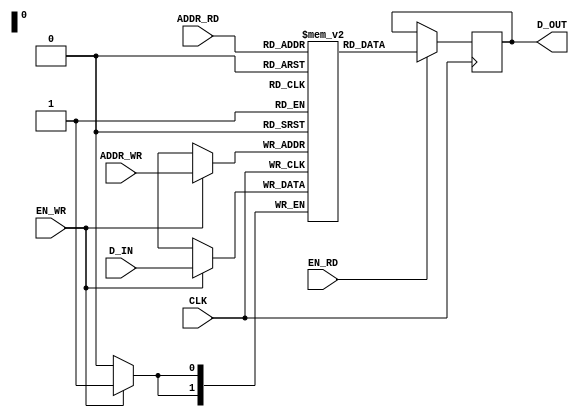
`timescale 1ns / 1ps
//////////////////////////////////////////////////////////////////////////////////
// Company: IIIT GWALIOR
// 
// Design Name: DUAL PORT RAM
// Module Name: RAM
// Project Name: IMPLENTATION OF RAM IN FPGA
// Target Devices: VIRTEX 7 VC707
// Tool Versions: VIVADO 2018.3
// Description: 
// 
// Dependencies: 
// 
// Revision:
// Revision 0.01 - File Created
// Additional Comments:
// 
//////////////////////////////////////////////////////////////////////////////////

module DUAL_PORT_RAM (CLK, EN_WR, EN_RD, ADDR_WR, ADDR_RD, D_IN, D_OUT);
parameter DATA_WIDTH=2;
parameter ADDR_WIDTH=2;
parameter DEPTH=4;
input CLK, EN_WR, EN_RD;
input [ADDR_WIDTH-1:0] ADDR_WR;
input [ADDR_WIDTH-1:0] ADDR_RD;
input [DATA_WIDTH-1:0] D_IN;
output [DATA_WIDTH-1:0] D_OUT;

reg [DATA_WIDTH-1:0] mem [DEPTH-1:0];
reg [DATA_WIDTH-1:0] OUT;

always @(posedge CLK)
begin
if (EN_WR==1'b1)
mem[ADDR_WR] <= D_IN;
end

always @(posedge CLK)
begin
if (EN_RD==1'b1)
OUT <= mem[ADDR_RD];
end

assign D_OUT = OUT;
endmodule